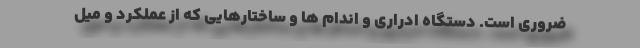
ضروری است. دستگاه ادراری و اندام ها و ساختارهایی که از عملکرد و میل